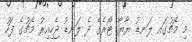
މި މެޗުގައ ލަނޑު ޔާޔާ ޓޯރެގެ ދެ ލަނޑު ޖެހިއިރު މެޗުގެ ފަހު